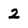
Character: 2